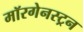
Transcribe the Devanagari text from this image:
मॉरगेनस्ट्रन